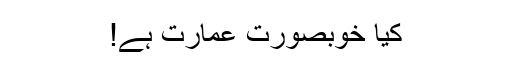
کیا خوبصورت عمارت ہے!